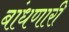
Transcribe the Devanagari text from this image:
बांधणारी